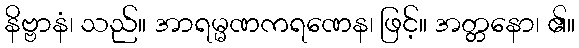
နိဗ္ဗာနံ၊ သည်။ အာရမ္မဏကရဏေန၊ ဖြင့်။ အတ္တနော၊ ၏။